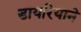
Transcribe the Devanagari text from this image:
डायरियाने